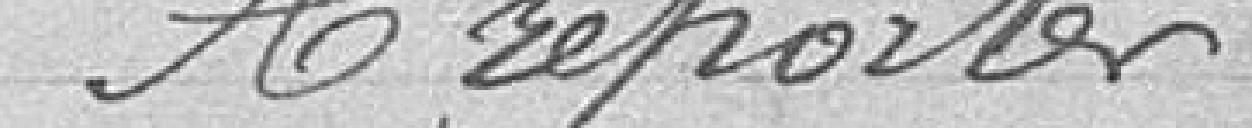
A reporter